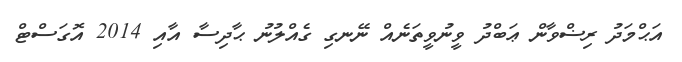
އަޙްމަދު ރިޟްވާން ޢަބްދު ވީނުވީތަނެއް ނޭނގި ގެއްލުނު ޙާދިސާ އާއި 2014 އޮގަސްޓް